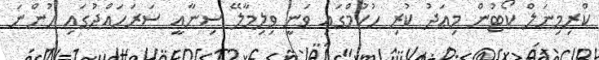
ކްރިމިނަލް ކޯޓުން މިއަދު ކުރި ހުކުމްގައި ވަނީ ވިލިމާލޭ ސިނާއީ ސަރަހައްދުގައި ހުންނަ